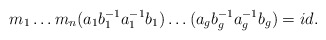
\begin{align*}m_{1}\ldots m_{n} (a_{1}b_{1}^{-1}a_{1}^{-1}b_{1})\ldots(a_{g}b_{g}^{-1}a_{g}^{-1}b_{g}) = id.\end{align*}